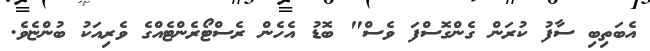
އެބަތިބި ސާފު ކުރަން ގެންގޮސްފަ ވެސް" ބޮޑު އެހެން ރެސްޓޯރެންޓެއްގެ ވެރިއަކު ބުންޏެވެ.